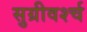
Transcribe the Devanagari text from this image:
सुग्रीवर्श्च